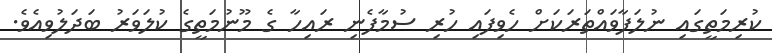
ކުރިމަތީގައި ނުލަފާވައްތަރަކަށް ހެވިފައި ހުރި ސުމާފެނި ރައިހާ ގެ މޫނުމަތީގެ ކުލަވަރު ބަދަލުވިއެވެ.